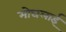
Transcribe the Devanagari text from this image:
मोघलाई